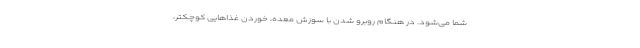
شما می‌شود. در هنگام روبرو شدن با سوزش معده، خوردن غذا‌هایی کوچکتر،